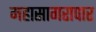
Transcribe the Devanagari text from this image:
महासागरापार